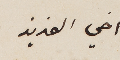
اخي العزيز